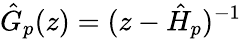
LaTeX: \hat{G}_{p}(z)=(z-\hat{H}_{p})^{-1}